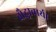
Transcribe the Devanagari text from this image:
बौद्धाचार्य।